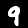
Label: 9